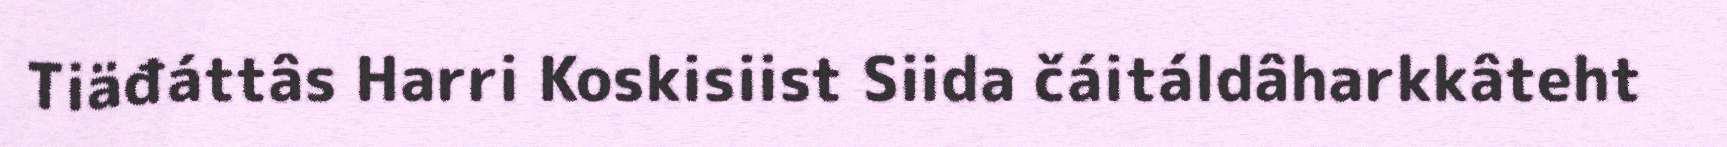
Tiäđáttâs Harri Koskisiist Siida čáitáldâharkkâteht